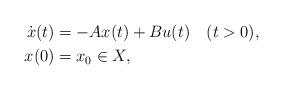
LaTeX: \begin{align*} \dot{x}(t) & = -Ax(t) + Bu(t) \quad(t>0),\\ x(0) & = x_0 \in X,\end{align*}